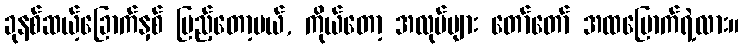
ခုနစ်ဆယ့်ခြောက်နှစ် ပြည့်တော့မယ်, ကိုယ်တော့ အလုပ်များ တော်တော် အထမြောက်ရဲ့လား။